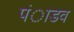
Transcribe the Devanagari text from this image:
पंाडव